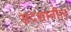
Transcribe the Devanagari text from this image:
संदशातील